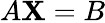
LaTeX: A\mathbf{X}=B